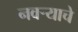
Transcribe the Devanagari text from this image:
नवऱ्याचे